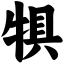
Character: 犋